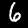
Label: 6